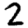
Digit: 2